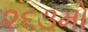
૨૬૩મો